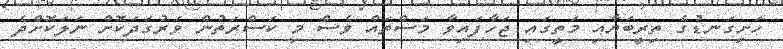
ހަށިގަނޑުގެ ތިރީބަޔާއި މަތީގައި ޖަހާފައިވާ މަސްތައް ވެސް މި ކަސްރަތުން ވަރުގަދަކޮށް ނަލަކޮށްދެ